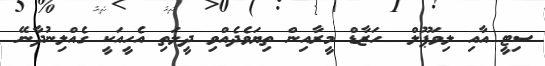
ސިޓީ އާއި ލިވަޕޫލް  ހަޒާޑް މީރާއިން ތިޔަވެދެއްވި ދީލަތި އެހީއަކީ ގެއްލިނުދާނޭ